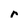
Character: r